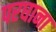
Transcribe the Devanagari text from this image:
परघाना